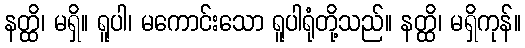
နတ္ထိ၊ မရှိ။ ရူပါ၊ မကောင်းသော ရူပါရုံတို့သည်။ နတ္ထိ၊ မရှိကုန်။